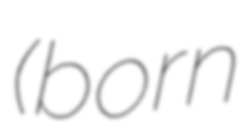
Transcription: (born